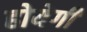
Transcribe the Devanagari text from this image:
होयेगी